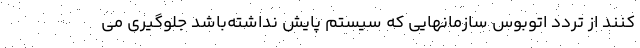
کنند از تردد اتوبوس سازمانهایی که سیستم پایش نداشته‌باشد جلوگیری می